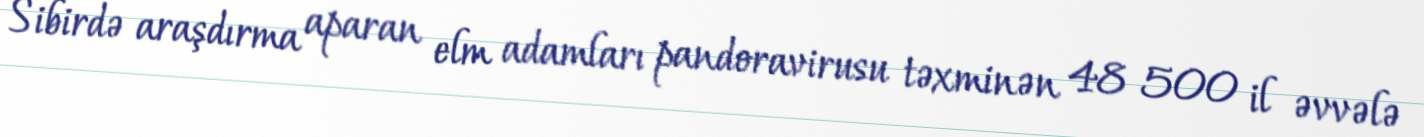
Sibirdə araşdırma aparan elm adamları pandoravirusu təxminən 48 500 il əvvələ